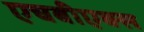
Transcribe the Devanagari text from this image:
एचबीएक्स